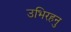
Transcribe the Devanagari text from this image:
उभिरहनु